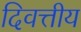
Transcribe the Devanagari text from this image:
दिवत्तीय